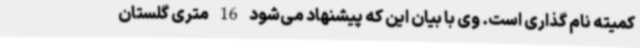
کمیته نام گذاری است. وی با بیان این که پیشنهاد می‌شود 16 متری گلستان